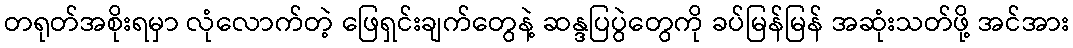
တရုတ်အစိုးရမှာ လုံလောက်တဲ့ ဖြေရှင်းချက်တွေနဲ့ ဆန္ဒပြပွဲတွေကို ခပ်မြန်မြန် အဆုံးသတ်ဖို့ အင်အား